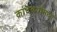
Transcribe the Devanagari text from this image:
कांदबर्यांमध्ये